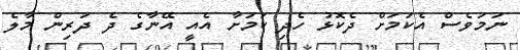
ނަމަވެސް އެކަމަށް ދެކޮޅު ހެދި ކަމަށާ އެއީ އޭނާގެ ދެ ދަރިން މާލެ